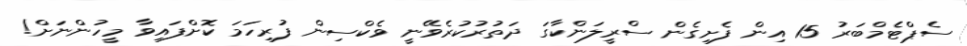
ސެޕްޓެމްބަރު 15 އިން ފެށިގެން ސްރީލަންކާގަ ދަތުރުކުރެވޭނީ ވެކްސިން ފުރިހަމަ ކޮށްފައިވާ މީހުންނަށް!